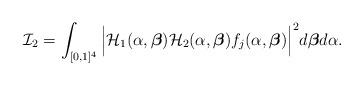
LaTeX: \begin{align*} \mathcal{I}_2=\int_{[0,1]^4} \Big|\mathcal{H}_1(\alpha,\boldsymbol{\beta})\mathcal{H}_2(\alpha,\boldsymbol{\beta})f_j(\alpha,\boldsymbol{\beta})\Big|^2d\boldsymbol{\beta}d\alpha.\end{align*}